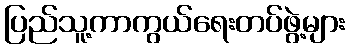
ပြည်သူ့ကာကွယ်ရေးတပ်ဖွဲ့များ